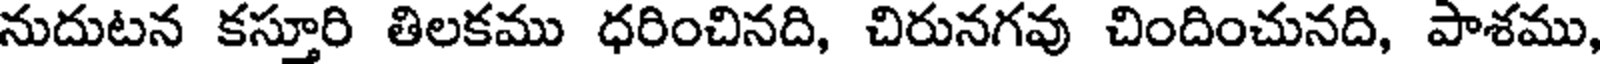
నుదుటన కస్తూరి తిలకము ధరించినది, చిరునగవు చిందించునది, పాశము,